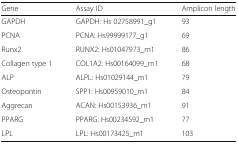
<table><thead><tr><td><b>Gene</b></td><td><b>Assay ID</b></td><td><b>Amplicon length</b></td></tr></thead><tbody><tr><td>GAPDH</td><td>GAPDH: Hs 02758991_g1</td><td>93</td></tr><tr><td>PCNA</td><td>PCNA: Hs99999177_g1</td><td>69</td></tr><tr><td>Runx2</td><td>RUNX2: Hs01047973_m1</td><td>86</td></tr><tr><td>Collagen type 1</td><td>COL1A2: Hs00164099_m1</td><td>68</td></tr><tr><td>ALP</td><td>ALPL: Hs01029144_m1</td><td>79</td></tr><tr><td>Osteopontin</td><td>SPP1: Hs00959010_m1</td><td>84</td></tr><tr><td>Aggrecan</td><td>ACAN: Hs00153936_m1</td><td>91</td></tr><tr><td>PPARG</td><td>PPARG: Hs00234592_m1</td><td>77</td></tr><tr><td>LPL</td><td>LPL: Hs00173425_m1</td><td>103</td></tr></tbody></table>